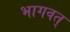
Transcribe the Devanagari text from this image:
भागवत्‌